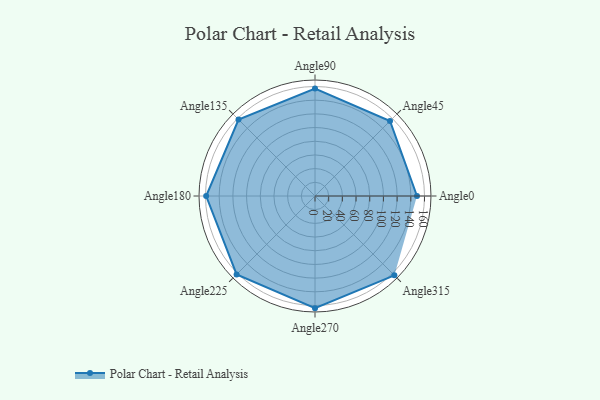
{"axis": {"x": "Angle", "y": "Radius"}, "legend": [""], "data": [{"x": "Angle0", "y": 149.0, "type": ""}, {"x": "Angle45", "y": 155.0, "type": ""}, {"x": "Angle90", "y": 157.0, "type": ""}, {"x": "Angle135", "y": 158.0, "type": ""}, {"x": "Angle180", "y": 159.0, "type": ""}, {"x": "Angle225", "y": 162.0, "type": ""}, {"x": "Angle270", "y": 164.0, "type": ""}, {"x": "Angle315", "y": 164.0, "type": ""}]}